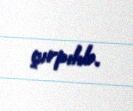
çırpılıb.